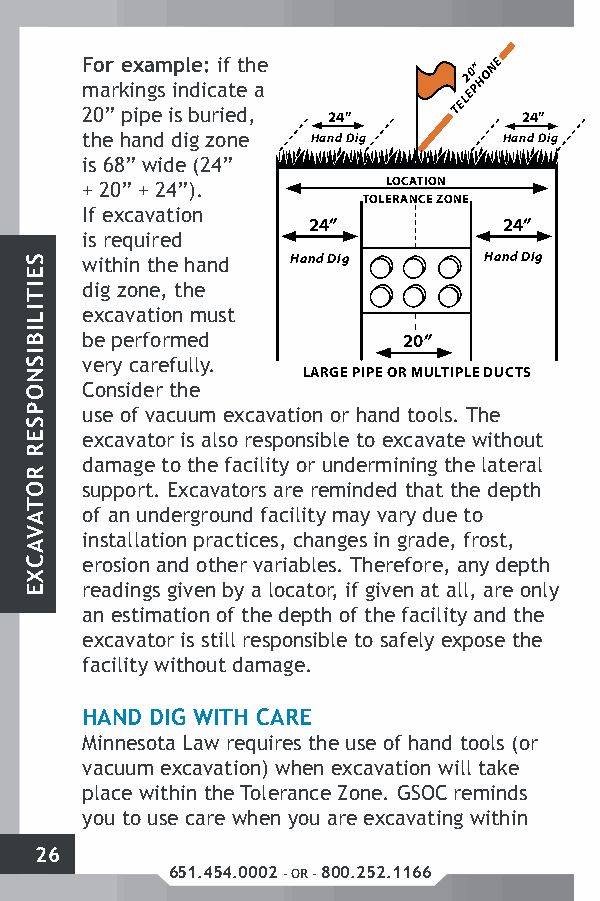
TOLERANCE           ZONE
 F
 m
 20o
 a
 ”r
 r
 ke pix
 in
 pa
 g
 em
 s
 iip
 sn
 l bde ui:
 c
 rai if
 et
 et dh
 ,a
 e
 24”
 TEL2 E0 P” HONE
 24”        24”
 GAS
 24”
 the hand dig zone Hand Dig  Hand Dig    Hand Dig   Hand Dig
 is 68” wide (24”
 + 20” + 24”).        LOCATION               LOCATION
 TOLERANCE ZONE          TOLERANCE ZONE
 If excavation
 24”          24”         24”       24”
 is required
 within the hand Hand Dig   Hand Dig    Hand Dig   Hand Dig
 dig zone, the
 excavation must
 be performed          20”
 very carefully.
 LARGE PIPE OR MULTIPLE DUCTS SMALL PIPE OR CABLE
 Consider the
 use of vacuum excavation or hand tools. The
 excavator is also responsible to excavate without
 damage to the facility or undermining the lateral
 support. Excavators are reminded that the depth
 of an underground facility may vary due to
 installation practices, changes in grade, frost,
 erosion and other variables. Therefore, any depth
 readings given by a locator, if given at all, are only
 an estimation of the depth of the facility and the
 excavator is still responsible to safely expose the
 facility without damage.
 HAND DIG WITH CARE
 Minnesota Law requires the use of hand tools (or
 vacuum excavation) when excavation will take
 place within the Tolerance Zone. GSOC reminds
 you to use care when you are excavating within
 26
 651.454.0002 - OR - 800.252.1166
 SEITILIBISNOPSER
 ROTAVACXE